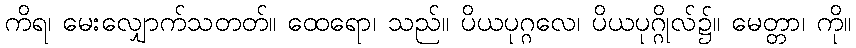
ကိရ၊ မေးလျှောက်သတတ်။ ထေရော၊ သည်။ ပိယပုဂ္ဂလေ၊ ပိယပုဂ္ဂိုလ်၌။ မေတ္တာ၊ ကို။